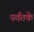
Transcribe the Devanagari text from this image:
पर्वतके